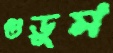
গুড়ুম